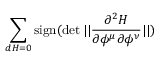
\sum _ { d H = 0 } \mathrm { s i g n } ( \operatorname * { d e t } | | { \frac { \partial ^ { 2 } H } { \partial \phi ^ { \mu } \partial \phi ^ { \nu } } } | | )